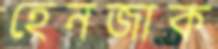
হেনজাক